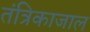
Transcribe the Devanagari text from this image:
तंत्रिकाजाल